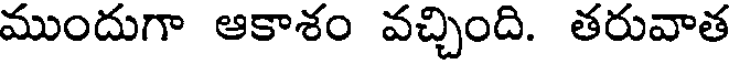
ముందుగా ఆకాశం వచ్చింది. తరువాత